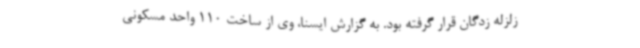
زلزله زدگان قرار گرفته بود. به گزارش ایسنا، وی از ساخت 110 واحد مسکونی